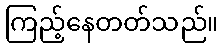
ကြည့်နေတတ်သည်။